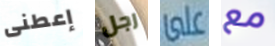
إعطنى رجل على مع